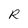
Character: R